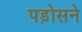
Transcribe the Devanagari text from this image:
पड़ोसने